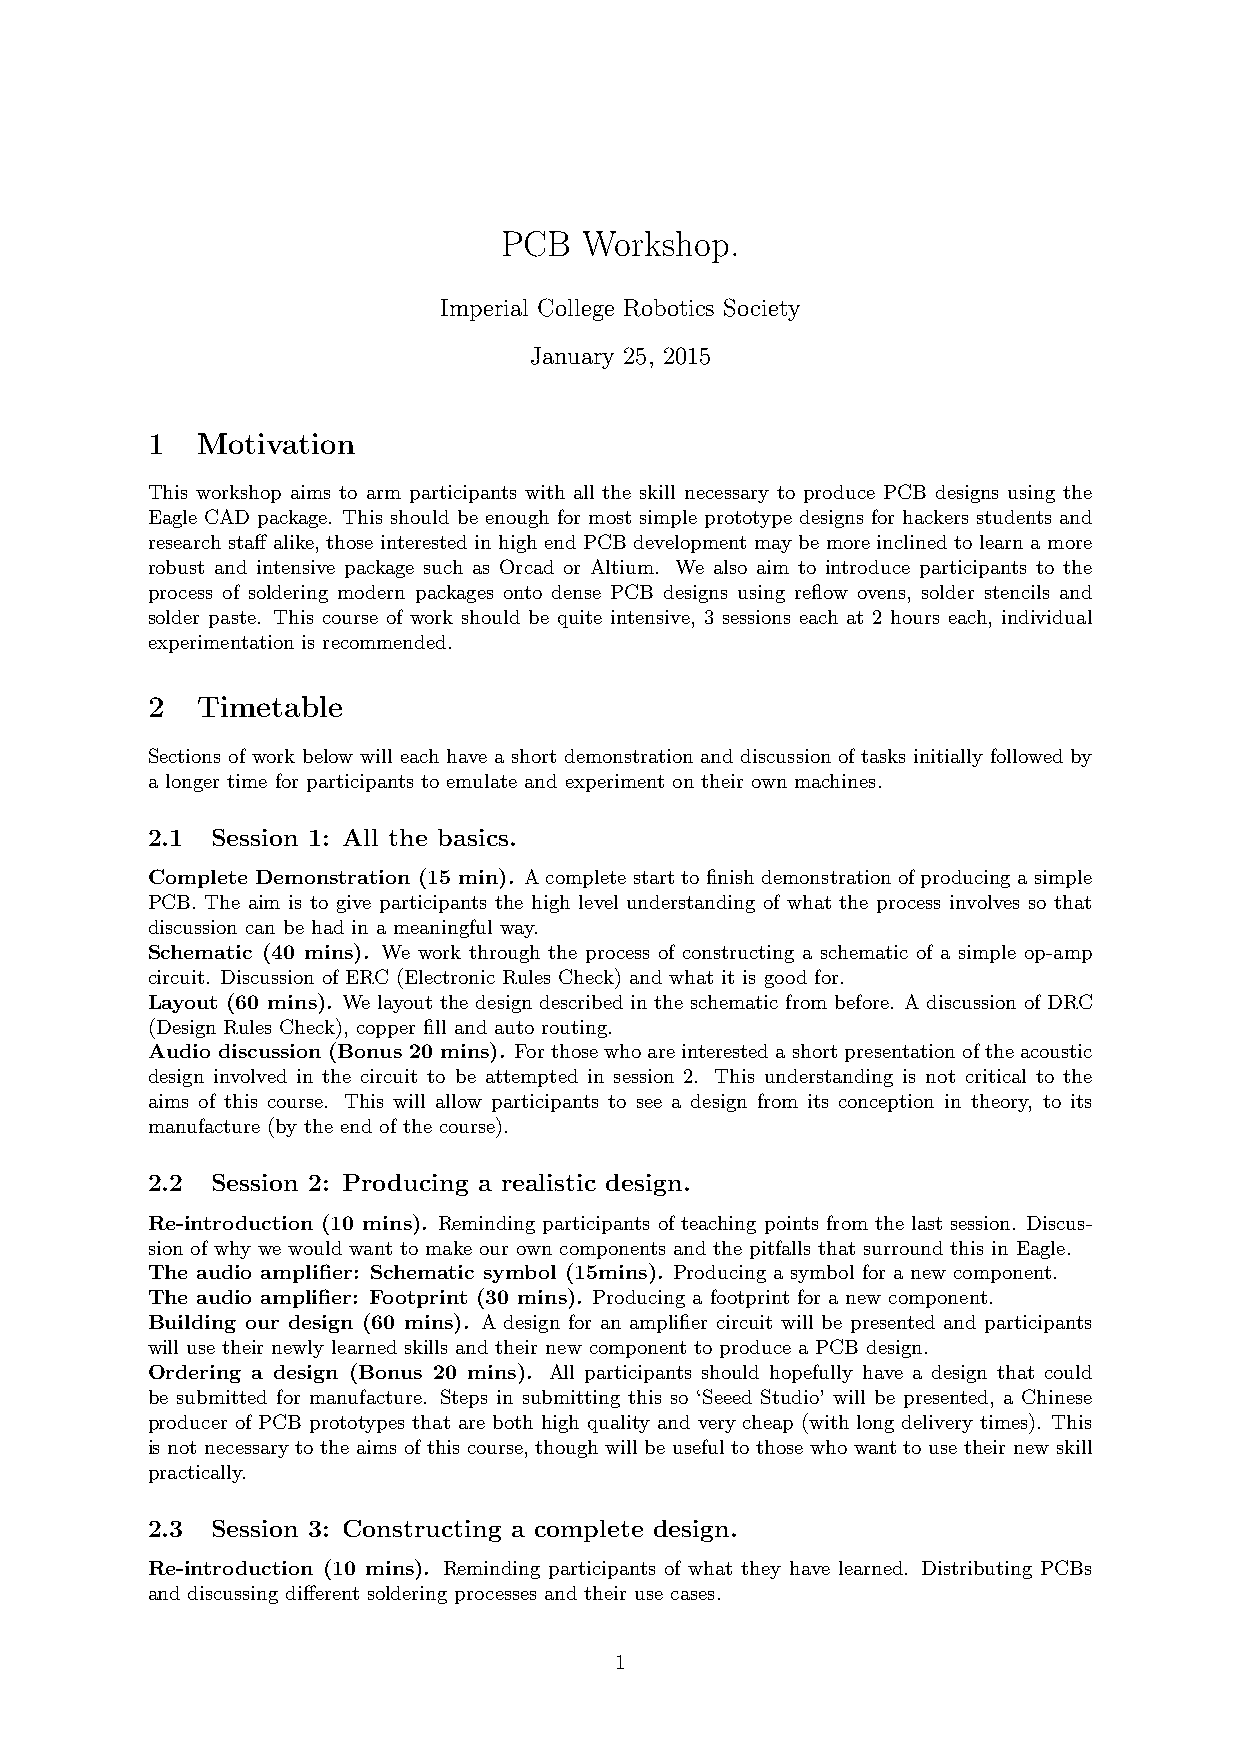
PCB   Workshop.
 Imperial College Robotics Society
 January 25, 2015
 1  Motivation
 This workshop aims to arm participants with all the skill necessary to produce PCB designs using the
 Eagle CAD package. This should be enough for most simple prototype designs for hackers students and
 research staff alike, those interested in high end PCB development may be more inclined to learn a more
 robust and intensive package such as Orcad or Altium. We also aim to introduce participants to the
 process of soldering modern packages onto dense PCB designs using reflow ovens, solder stencils and
 solder paste. This course of work should be quite intensive, 3 sessions each at 2 hours each, individual
 experimentation is recommended.
 2  Timetable
 Sections of work below will each have a short demonstration and discussion of tasks initially followed by
 a longer time for participants to emulate and experiment on their own machines.
 2.1 Session 1: All the basics.
 Complete Demonstration (15 min). A complete start to finish demonstration of producing a simple
 PCB. The aim is to give participants the high level understanding of what the process involves so that
 discussion can be had in a meaningful way.
 Schematic (40 mins). We work through the process of constructing a schematic of a simple op-amp
 circuit. Discussion of ERC (Electronic Rules Check) and what it is good for.
 Layout (60 mins). We layout the design described in the schematic from before. A discussion of DRC
 (Design Rules Check), copper fill and auto routing.
 Audio discussion (Bonus 20 mins). Forthosewhoareinterestedashortpresentationoftheacoustic
 design involved in the circuit to be attempted in session 2. This understanding is not critical to the
 aims of this course. This will allow participants to see a design from its conception in theory, to its
 manufacture (by the end of the course).
 2.2 Session 2: Producing a realistic design.
 Re-introduction (10 mins). Reminding participants of teaching points from the last session. Discus-
 sion of why we would want to make our own components and the pitfalls that surround this in Eagle.
 The audio amplifier: Schematic symbol (15mins). Producing a symbol for a new component.
 The audio amplifier: Footprint (30 mins). Producing a footprint for a new component.
 Building our design (60 mins). A design for an amplifier circuit will be presented and participants
 will use their newly learned skills and their new component to produce a PCB design.
 Ordering a design (Bonus 20 mins). All participants should hopefully have a design that could
 be submitted for manufacture. Steps in submitting this so ‘Seeed Studio’ will be presented, a Chinese
 producer of PCB prototypes that are both high quality and very cheap (with long delivery times). This
 is not necessary to the aims of this course, though will be useful to those who want to use their new skill
 practically.
 2.3 Session 3: Constructing a complete design.
 Re-introduction (10 mins). Reminding participants of what they have learned. Distributing PCBs
 and discussing different soldering processes and their use cases.
 1